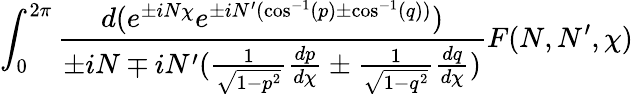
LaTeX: \int_{0}^{2\pi}\frac{d(e^{\pm iN\chi}e^{\pm iN^{\prime}(\cos^{-1}(p)\pm\cos^{-1}(q))})}{\pm iN\mp iN^{\prime}(\frac{1}{\sqrt{1-p^{2}}}\frac{dp}{d\chi}\pm\frac{1}{\sqrt{1-q^{2}}}\frac{dq}{d\chi})}F(N,N^{\prime},\chi)